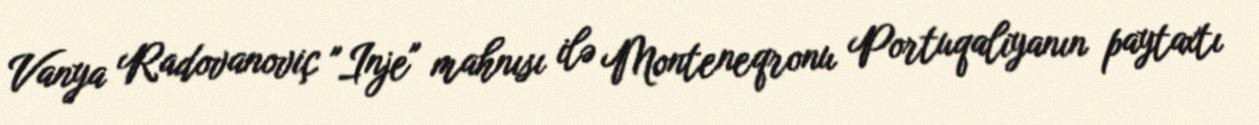
Vanya Radovanoviç "Inje" mahnısı ilə Monteneqronu Portuqaliyanın paytaxtı